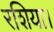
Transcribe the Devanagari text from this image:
रशिया।